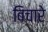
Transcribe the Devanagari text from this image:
बिचारे